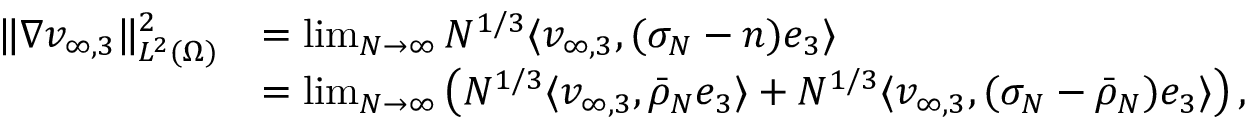
\begin{array} { r l } { \| \nabla v _ { \infty , 3 } \| _ { L ^ { 2 } ( \Omega ) } ^ { 2 } } & { = \operatorname* { l i m } _ { N \to \infty } N ^ { 1 / 3 } \langle v _ { \infty , 3 } , ( \sigma _ { N } - n ) e _ { 3 } \rangle } \\ & { = \operatorname* { l i m } _ { N \to \infty } \left( N ^ { 1 / 3 } \langle v _ { \infty , 3 } , \bar { \rho } _ { N } e _ { 3 } \rangle + N ^ { 1 / 3 } \langle v _ { \infty , 3 } , ( \sigma _ { N } - \bar { \rho } _ { N } ) e _ { 3 } \rangle \right) , } \end{array}